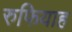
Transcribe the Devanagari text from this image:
रुफियाह